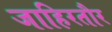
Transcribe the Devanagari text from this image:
जाहिरतौर